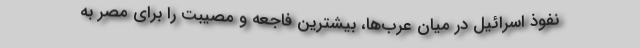
نفوذ اسرائیل در میان عرب‌ها، بیشترین فاجعه و مصیبت را برای مصر به